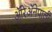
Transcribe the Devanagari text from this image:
ॲरिॲनेपाली